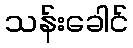
သန်းခေါင်